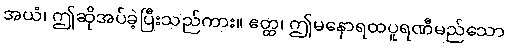
အယံ၊ ဤဆိုအပ်ခဲ့ပြီးသည်ကား။ ဧတ္ထ၊ ဤမနောရထပူရဏီမည်သော